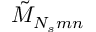
\tilde { M } _ { N _ { s } m n }